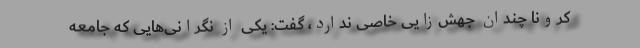
کرونا چندان جهش‌زایی خاصی ندارد، گفت: یکی از نگرانی‌هایی که جامعه